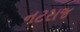
નટરાજ